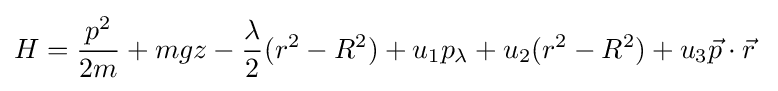
H={\frac {p^{2}}{2m}}+mgz-{\frac {\lambda }{2}}(r^{2}-R^{2})+u_{1}p_{\lambda }+u_{2}(r^{2}-R^{2})+u_{3}{\vec {p}}\cdot {\vec {r}}~